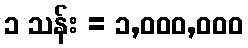
၁ သန်း = ၁,၀၀၀,၀၀၀